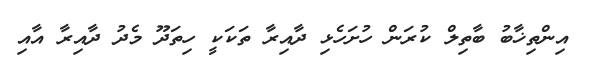
އިންތިޚާބު ބާތިލް ކުރަން ހުށަހެޅި ދާއިރާ ތަކަކީ ހިތަދޫ މެދު ދާއިރާ އާއި